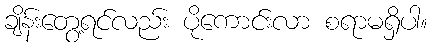
ချိန်းတွေ့ရင်လည်း ပိုကောင်းလာ စရာမရှိပါ။